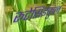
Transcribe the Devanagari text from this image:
रूटेसिईकुल